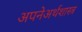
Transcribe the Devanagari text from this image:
अपनेअर्थशास्त्र